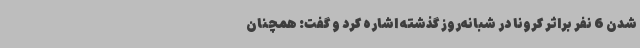
شدن 6 نفر براثر کرونا در شبانه‌روز گذشته اشاره کرد و گفت: همچنان